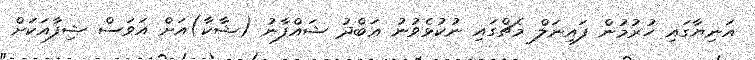
އަނިޔާގައި ހުރުމުން ފައިނަލް މެޗްގައި ނުކުޅެވުނު ޢަބްދު ޝައްފާނު (ޝާކާ)އަށް އަވަސް ޝިފާއަކަށް